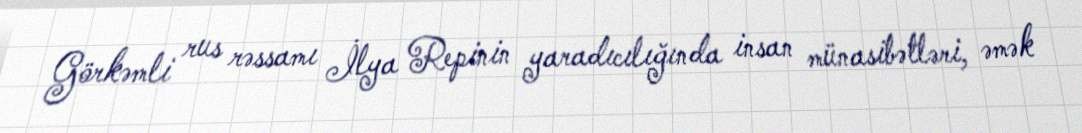
Görkəmli rus rəssamı İlya Repinin yaradıcılığında insan münasibətləri, əmək